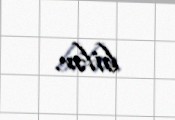
bilər.